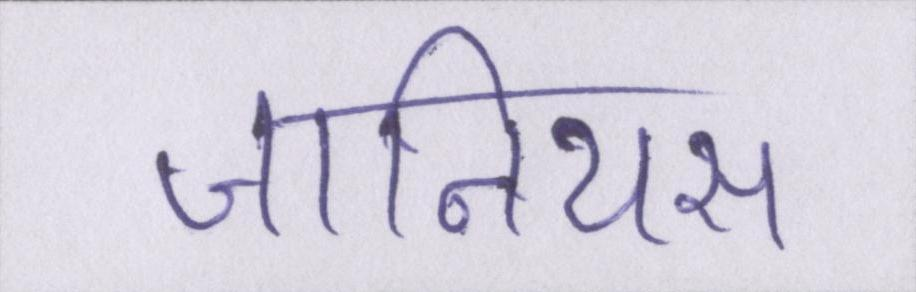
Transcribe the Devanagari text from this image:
जीनियस